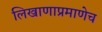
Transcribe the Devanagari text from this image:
लिखाणाप्रमाणेच